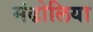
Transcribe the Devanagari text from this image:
मंढोलिया